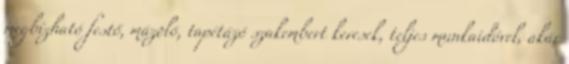
megbízható festő, mázoló, tapétázó szakembert keresek, teljes munkaidővel, akár